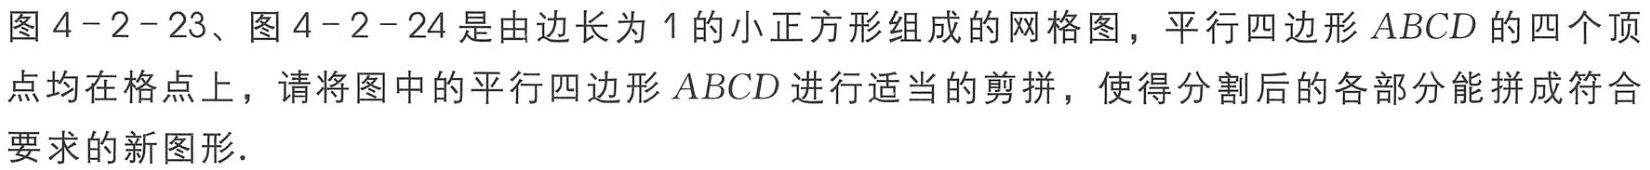
图4−2−23、图4−2−24是由边长为1的小正方形组成的网格图，平行四边形\(ABCD\)的四个顶点均在格点上，请将图中的平行四边形\(ABCD\)进行适当的剪拼，使得分割后的各部分能拼成符合要求的新图形．